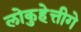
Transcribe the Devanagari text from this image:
लोकुहेत्तीगे